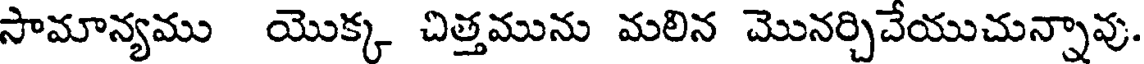
సామాన్యము యొక్క చిత్తమును మలిన మొనర్చిచేయుచున్నావు.